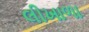
લીખાળા